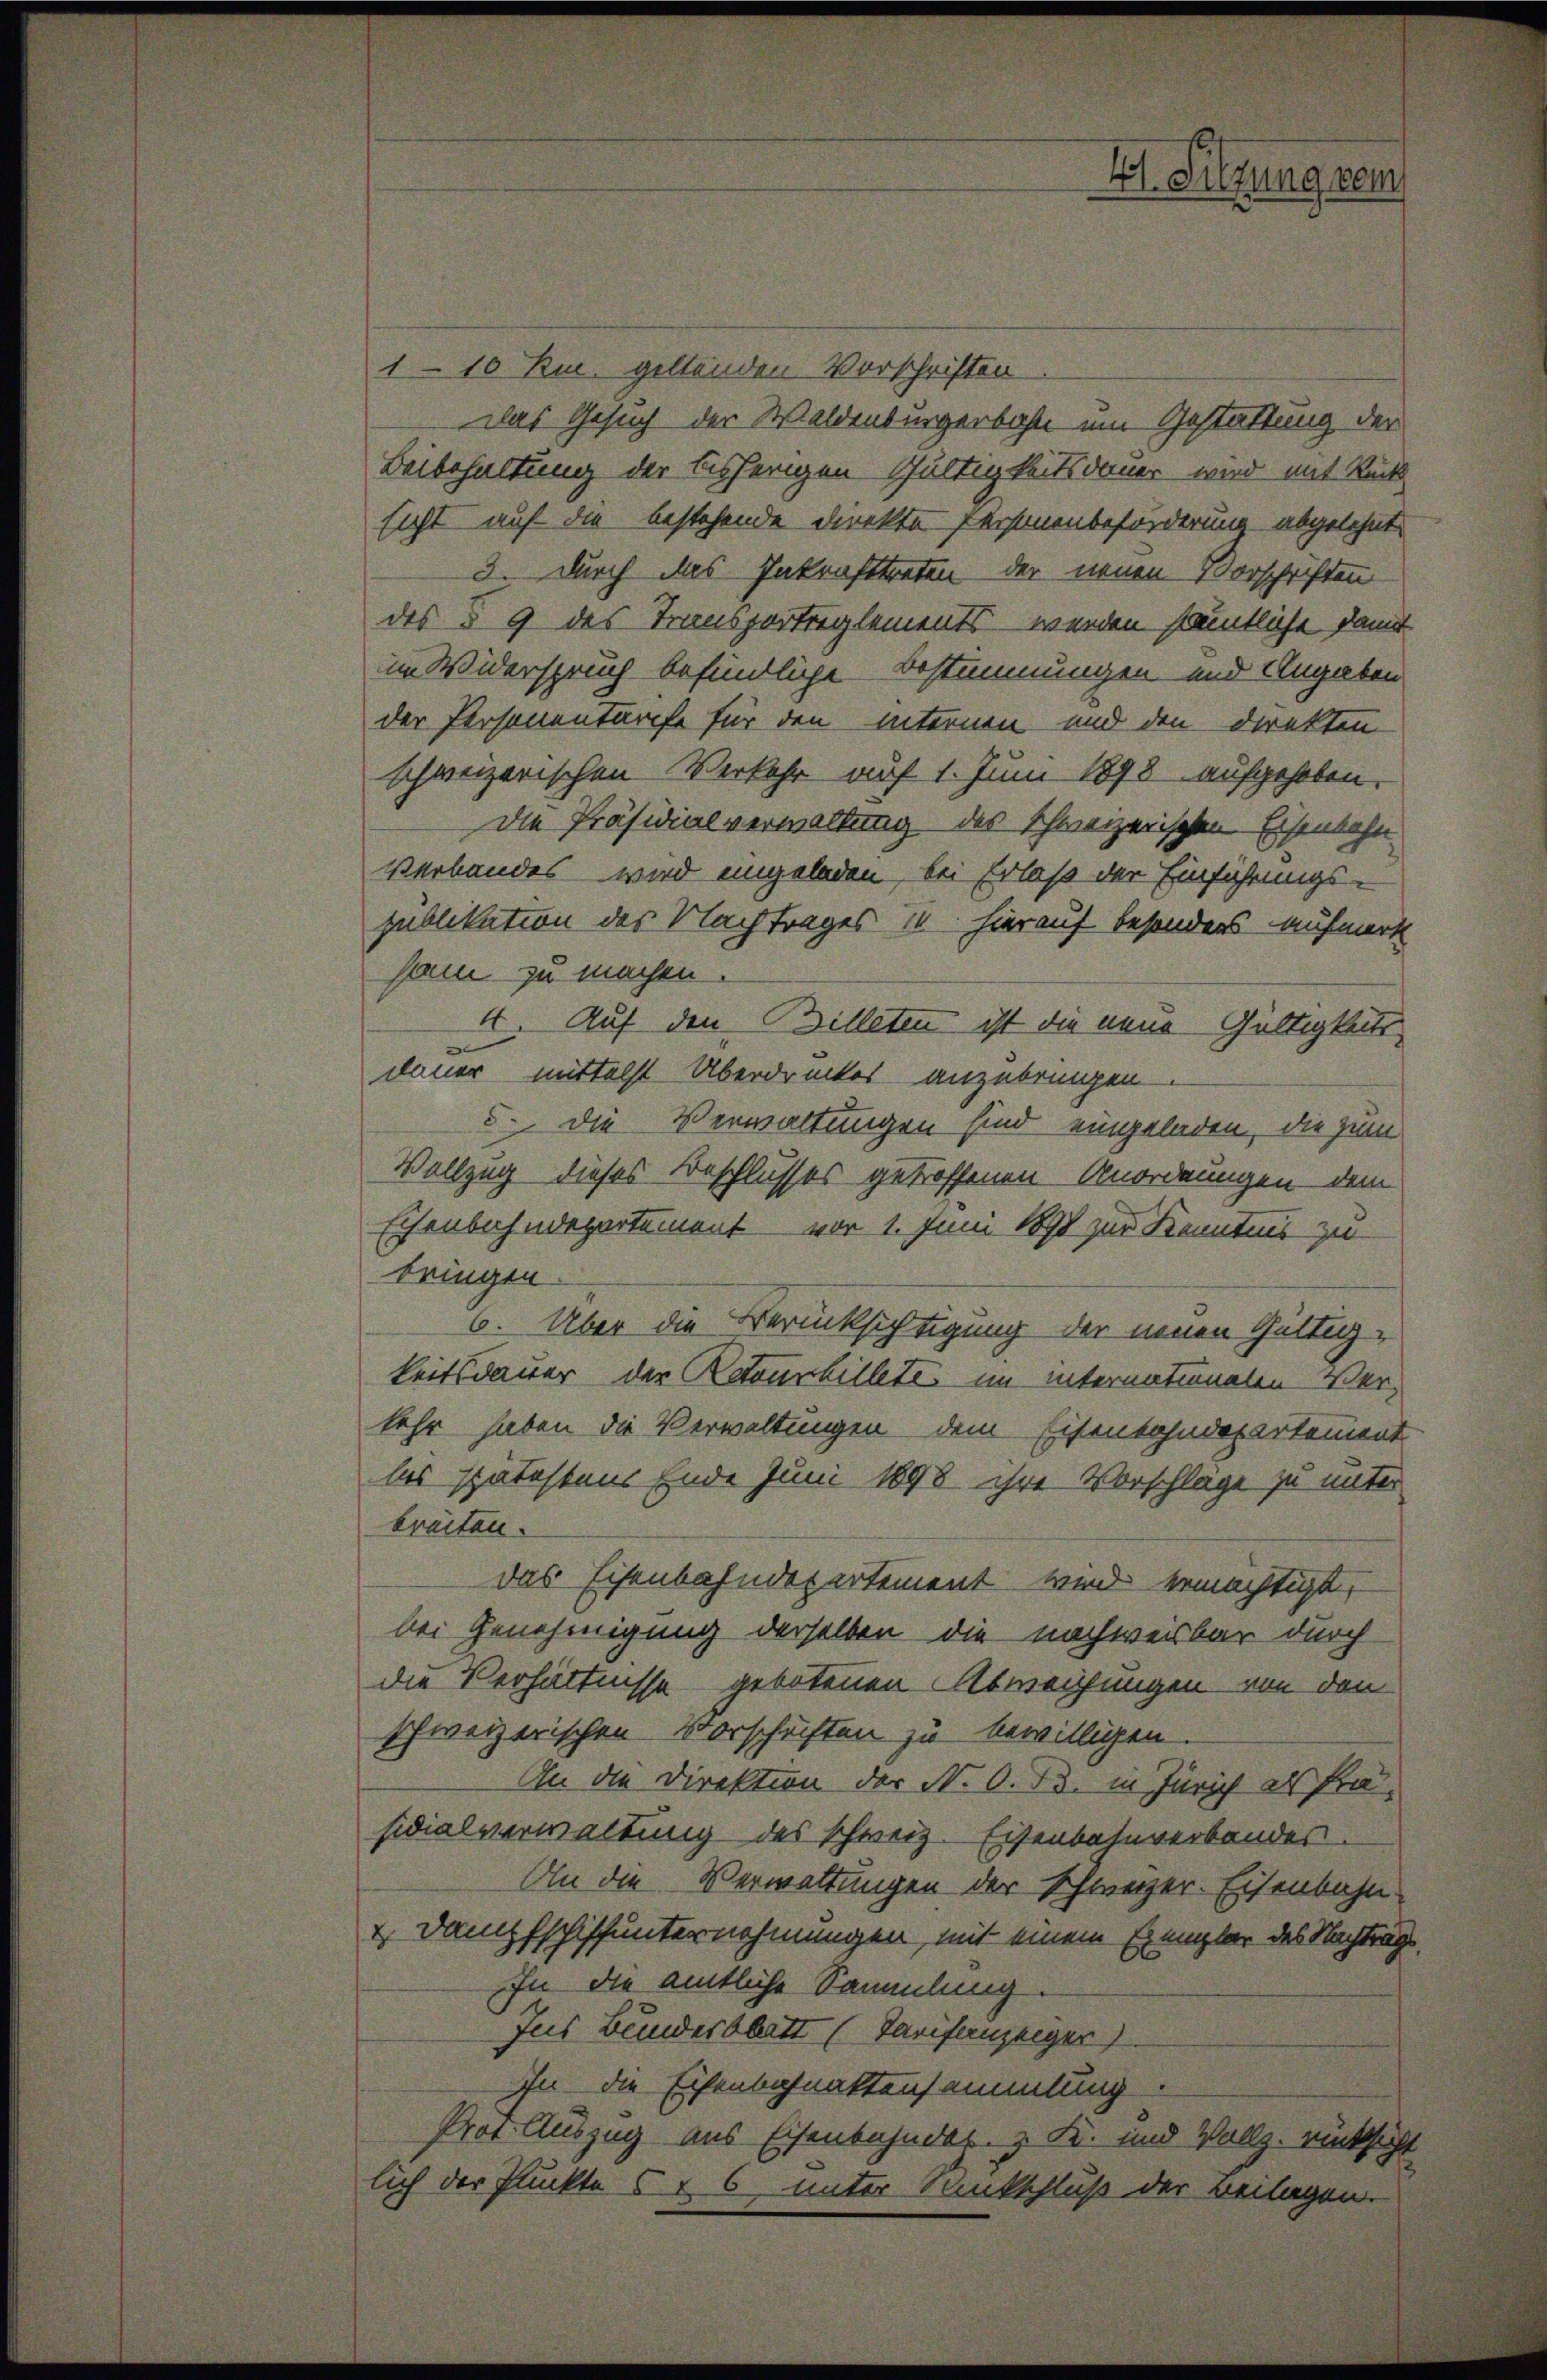
1-10 Rm. geltenden Vorschriften.
Das Gesuch der Waldenburgerbahn um Gestattung der
Beibehaltung der bisherigen Gültigkeitsdauer wird mit Rück
sicht auf die bestehende Direkte Personenbeförderung abgelehnt.
3. Durch das Inkrafttreten der neuen Vorschriften
des § 9 des Transportreglements werden sämtliche damit
im Widerspruch befindliche Bestimmungen und Angaben
der Personentarife für den internen und den Direkten
schweizerischen Verkehr auf 1. Juni 1898 aufgehoben.
Die Präsidialverwaltung des schweizerischen Eisenbahn
Verbandes wird angeladen, bei Erlaß der Einführungs-
publikation des Nachtrages 14. hierauf besonders aufmerk
han zu machen.
4. Auf den Billeten ist die neue Gültigkeits
dauer mittelst Überdrückes anzubringen
5. die Verwaltungen sind eingeladen, die zum
Vollzug dieses Beschlusses getroffenen Anordnungen dem
Eisenbahndepartement vor 1. Juni 1890 zur Kenntnis zu
bringen
6. Über die Berücksichtigung der neuen Gültigkeitsdauer der Retourbillete im Internaturalen Verkehr haben die Verwaltungen dem Eisenbahndepartement
les spätestens Ende Juni 1898 ihre Vorschläge zu unter
breiten.
das Eisenbahndepartement wird ermächtigt,
bei Genehmigung derselben die nachweisbar durch
die Verhältnisse gebotenen Abweichungen von den
schweizerischen Vorschriften zu bewilligen.
An die Direktion der N. O. Bd. in Zürich als Prasidialverwaltung des schweiz. Eisenbahnverbandes
An die Verwaltungen der schweizer. Eisenbahn-
u. Dampfschiffunternehmungen, mit einem Exemplar des Nachtrags.
In die amtliche Sammlung.
Jus Bundesblatt (Tarifenseeger)
Ihn die Eisenbahnaktensammlung.
Prot. Auszug aus Eisenbahndas. z. Fr. und Vollz. rücksicht
lich der Fluckte 6 v. 6, unter Sankschluß der Beilagen.

VI. Sitzung kein